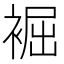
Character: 䘿